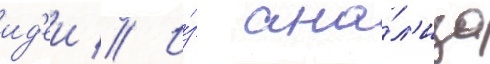
ид'еи // И́з ана́л'иза